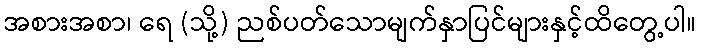
အစားအစာ၊ ရေ (သို့) ညစ်ပတ်သောမျက်နှာပြင်များနှင့်ထိတွေ့ပါ။